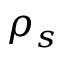
\rho _ { s }